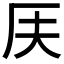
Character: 𠨶